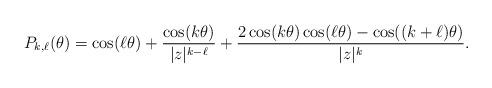
LaTeX: \begin{align*}P_{k,\ell}(\theta) = \cos(\ell \theta) + \frac{ \cos(k \theta)}{|z|^{k-\ell}} + \frac{2 \cos(k \theta) \cos(\ell \theta) - \cos((k+\ell)\theta)}{|z|^k}.\end{align*}